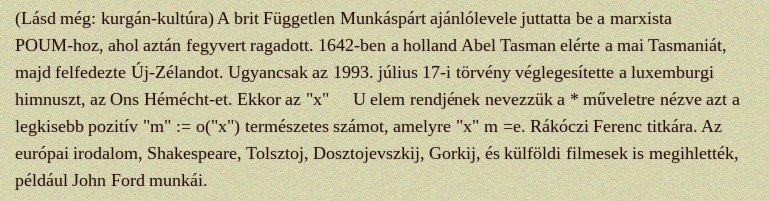
(Lásd még: kurgán-kultúra) A brit Független Munkáspárt ajánlólevele juttatta be a marxista POUM-hoz, ahol aztán fegyvert ragadott. 1642-ben a holland Abel Tasman elérte a mai Tasmaniát, majd felfedezte Új-Zélandot. Ugyancsak az 1993. július 17-i törvény véglegesítette a luxemburgi himnuszt, az Ons Hémécht-et. Ekkor az "x" ∈ U elem rendjének nevezzük a * műveletre nézve azt a legkisebb pozitív "m" := o("x") természetes számot, amelyre "x" m =e. Rákóczi Ferenc titkára. Az európai irodalom, Shakespeare, Tolsztoj, Dosztojevszkij, Gorkij, és külföldi filmesek is megihlették, például John Ford munkái.